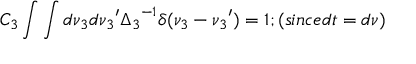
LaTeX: C _ { 3 } \int \int d \nu _ { 3 } d { \nu _ { 3 } } ^ { \prime } { \Delta _ { 3 } } ^ { - 1 } \delta ( \nu _ { 3 } - { \nu _ { 3 } } ^ { \prime } ) = 1 ; ( s i n c e d t = d \nu )